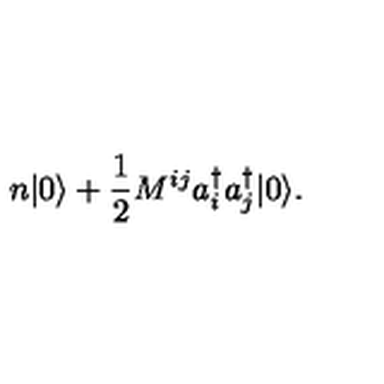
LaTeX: n | 0 \rangle + \frac { 1 } { 2 } M ^ { i j } a _ { i } ^ { \dagger } a _ { j } ^ { \dagger } | 0 \rangle .